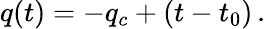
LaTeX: q(t)=-q_{c}+(t-t_{0})\, .